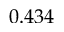
0 . 4 3 4